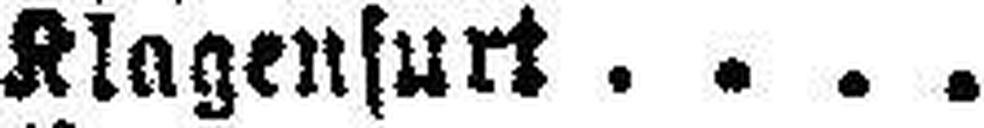
Klagenfurt